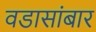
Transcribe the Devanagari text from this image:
वडासांबार